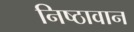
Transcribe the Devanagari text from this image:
निष्‍ठावान